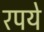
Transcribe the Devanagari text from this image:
रपये